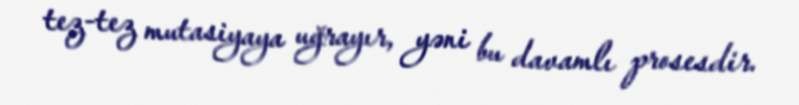
tez-tez mutasiyaya uğrayır, yəni bu davamlı prosesdir.